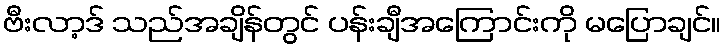
ဗီးလာ့ဒ် သည်အချိန်တွင် ပန်းချီအကြောင်းကို မပြောချင်။